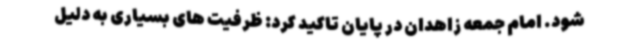
شود. امام جمعه زاهدان در پایان تاکید کرد: ظرفیت های بسیاری به دلیل